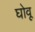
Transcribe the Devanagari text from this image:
घोवू